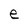
Character: e